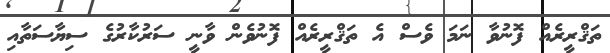
ތަޤްރީރެއް ފޮނުވާ ނަމަ ވެސް އެ ތަޤްރީރެއް ފޮނުވެން ވާނީ ސަރުކާރުގެ ސިޔާސަތާއި